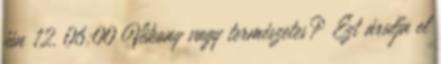
jún 12. 06:00 Vékony vagy természetes? Ezt árulja el